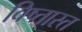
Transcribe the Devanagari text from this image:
विष्तास्त